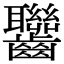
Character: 𪚁